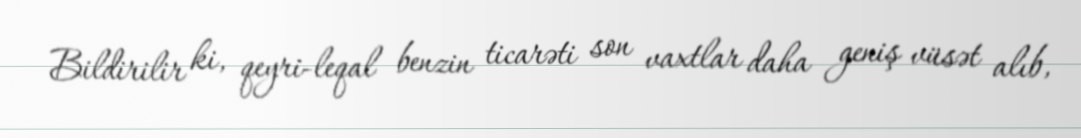
Bildirilir ki, qeyri-leqal benzin ticarəti son vaxtlar daha geniş vüsət alıb,